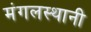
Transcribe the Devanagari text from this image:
मंगलस्थानी